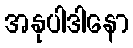
အနုပါဒါနော